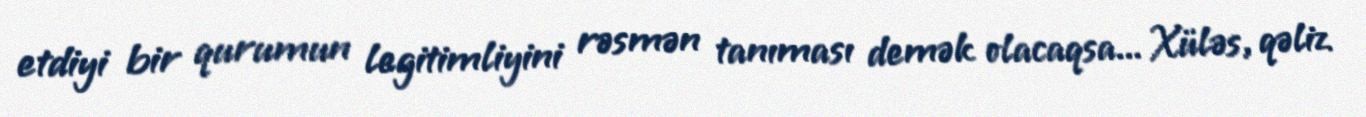
etdiyi bir qurumun legitimliyini rəsmən tanıması demək olacaqsa... Xüləs, qəliz